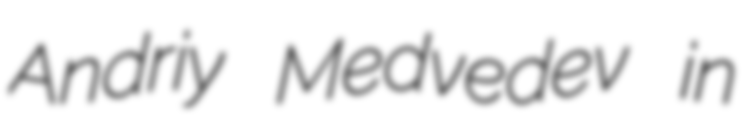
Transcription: Andriy Medvedev in